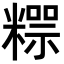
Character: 𥼐